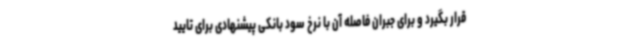
قرار بگیرد و برای جبران فاصله آن با نرخ سود بانکی پیشنهادی برای تایید